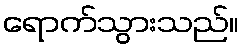
ရောက်သွားသည်။